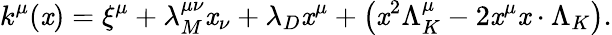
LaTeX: k^{\mu}(\mathit{x})=\xi^{\mu}+\lambda_{M}^{\mu\nu}\mathit{x}_{\nu}+\lambda_{D}\mathit{x}^{\mu}+\left(\mathit{x}^{2}\Lambda_{K}^{\mu}-2\mathit{x}^{\mu}\mathit{x}\cdot\Lambda_{K}\right).